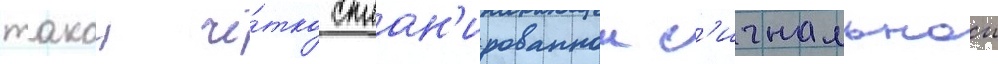
такои чё́тко сплан'ированнои с'игнальнои